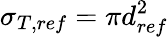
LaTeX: \sigma_{T,ref}=\pi d_{ref}^{2}